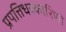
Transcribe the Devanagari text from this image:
प्रपत्तिधरकारिणो